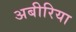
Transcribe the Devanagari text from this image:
अबीरिया